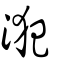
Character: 𣳜